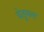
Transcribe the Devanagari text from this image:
चेतुमल